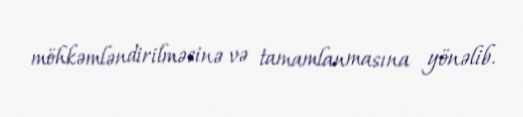
möhkəmləndirilməsinə və tamamlanmasına yönəlib.